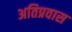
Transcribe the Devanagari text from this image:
अतिप्रवास